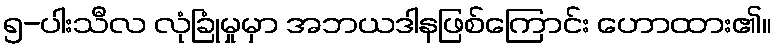
၅-ပါးသီလ လုံခြုံမှုမှာ အဘယဒါနဖြစ်ကြောင်း ဟောထား၏။